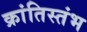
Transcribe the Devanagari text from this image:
क्रांतिस्तंभ